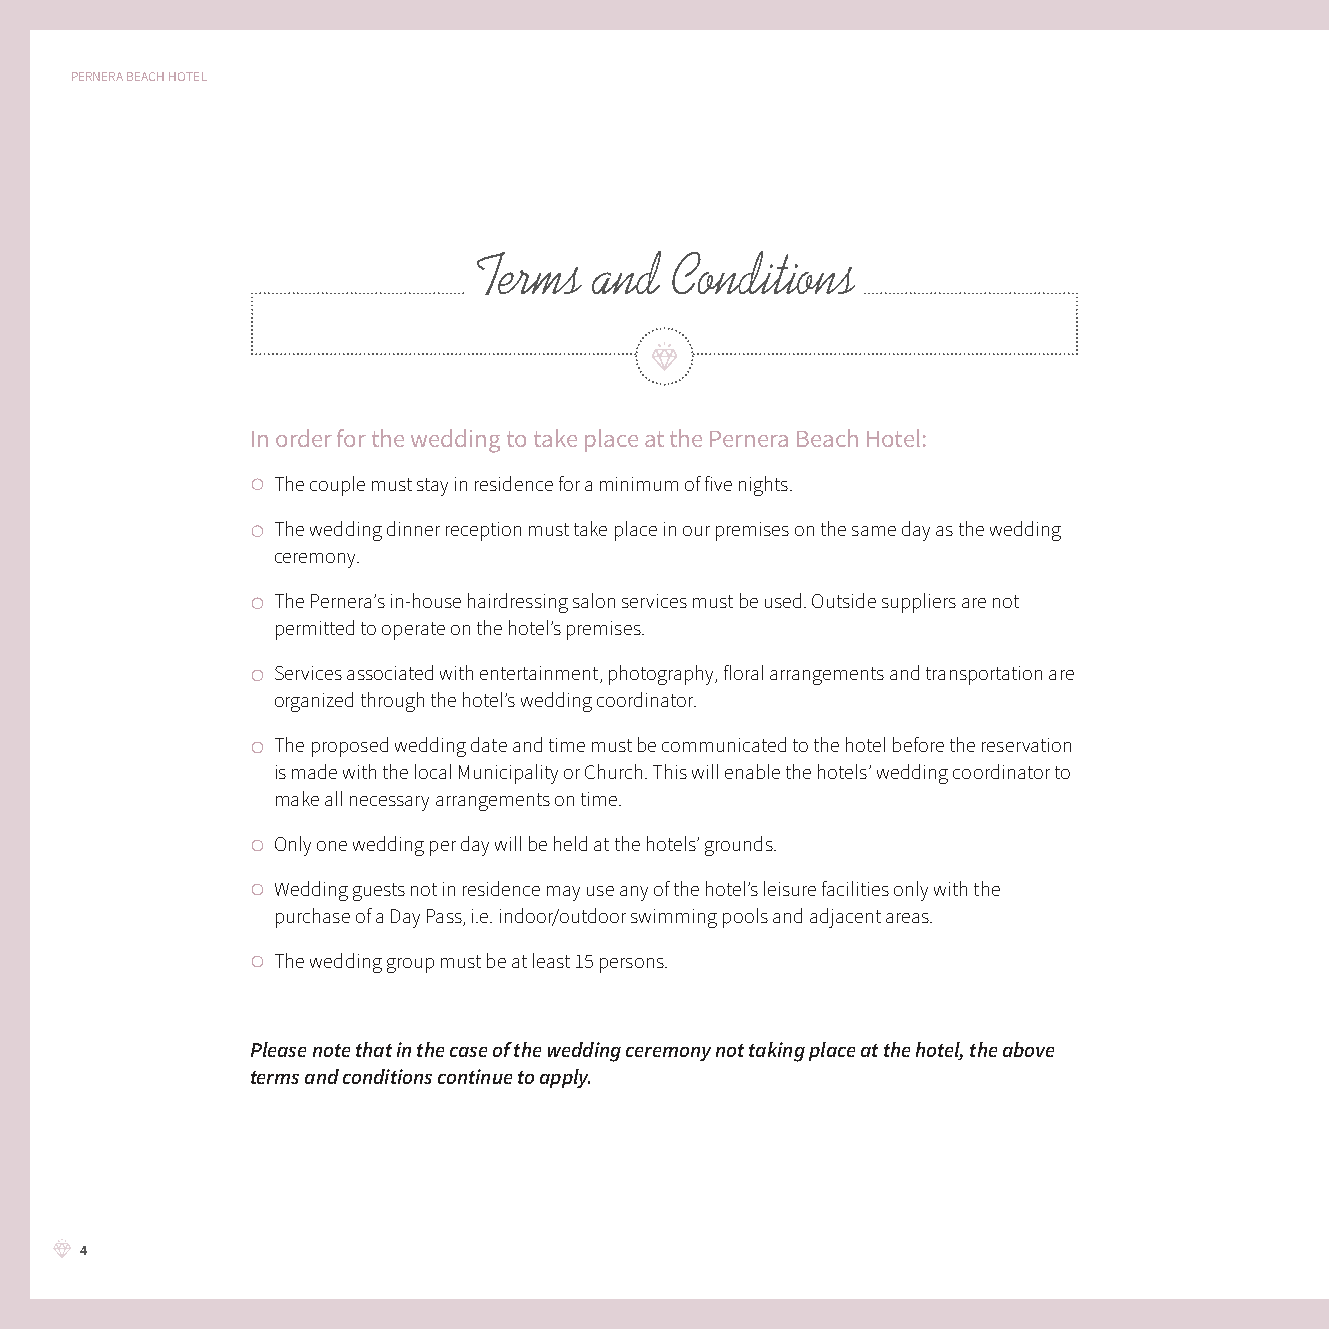
PERNERA BEACH HOTEL
 Terms   and  Conditions
 In order for the wedding to take place at the Pernera Beach Hotel:
 The couple must stay in residence for a minimum of five nights.
 The wedding dinner reception must take place in our premises on the same day as the wedding
 ceremony.
 The Pernera’s in-house hairdressing salon services must be used. Outside suppliers are not
 permitted to operate on the hotel’s premises.
 Services associated with entertainment, photography, floral arrangements and transportation are
 organized through the hotel’s wedding coordinator.
 The proposed wedding date and time must be communicated to the hotel before the reservation
 is made with the local Municipality or Church. This will enable the hotels’ wedding coordinator to
 make all necessary arrangements on time.
 Only one wedding per day will be held at the hotels’ grounds.
 Wedding guests not in residence may use any of the hotel’s leisure facilities only with the
 purchase of a Day Pass, i.e. indoor/outdoor swimming pools and adjacent areas.
 The wedding group must be at least 15 persons.
 Please note that in the case of the wedding ceremony not taking place at the hotel, the above
 terms and conditions continue to apply.
 4